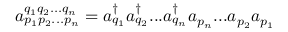
a _ { p _ { 1 } p _ { 2 } . . . p _ { n } } ^ { q _ { 1 } q _ { 2 } . . . q _ { n } } = a _ { q _ { 1 } } ^ { \dagger } a _ { q _ { 2 } } ^ { \dagger } . . . a _ { q _ { n } } ^ { \dagger } a _ { p _ { n } } . . . a _ { p _ { 2 } } a _ { p _ { 1 } }